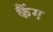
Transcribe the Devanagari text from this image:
कैंग